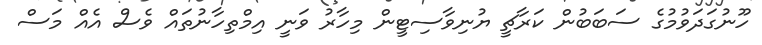
ހޫނުގަދަވުމުގެ ސަބަބުން ކަރާޗީ ޔުނިވާސިޓީން މިހާރު ވަނީ އިމްތިހާނުތައް ވެސް އެއް މަސް